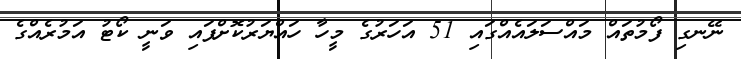
ނޭނގި ފޯމުތައް މައްސަލައެއްގައި 51 އަހަރުގެ މީހާ ހައްޔަރުކޮށްފައި ވަނީ ކޯޓު އަމުރެއްގެ